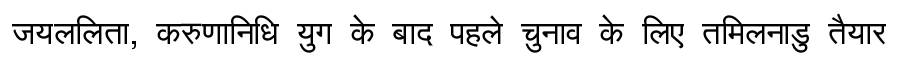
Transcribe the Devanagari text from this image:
जयललिता, करुणानिधि युग के बाद पहले चुनाव के लिए तमिलनाडु तैयार